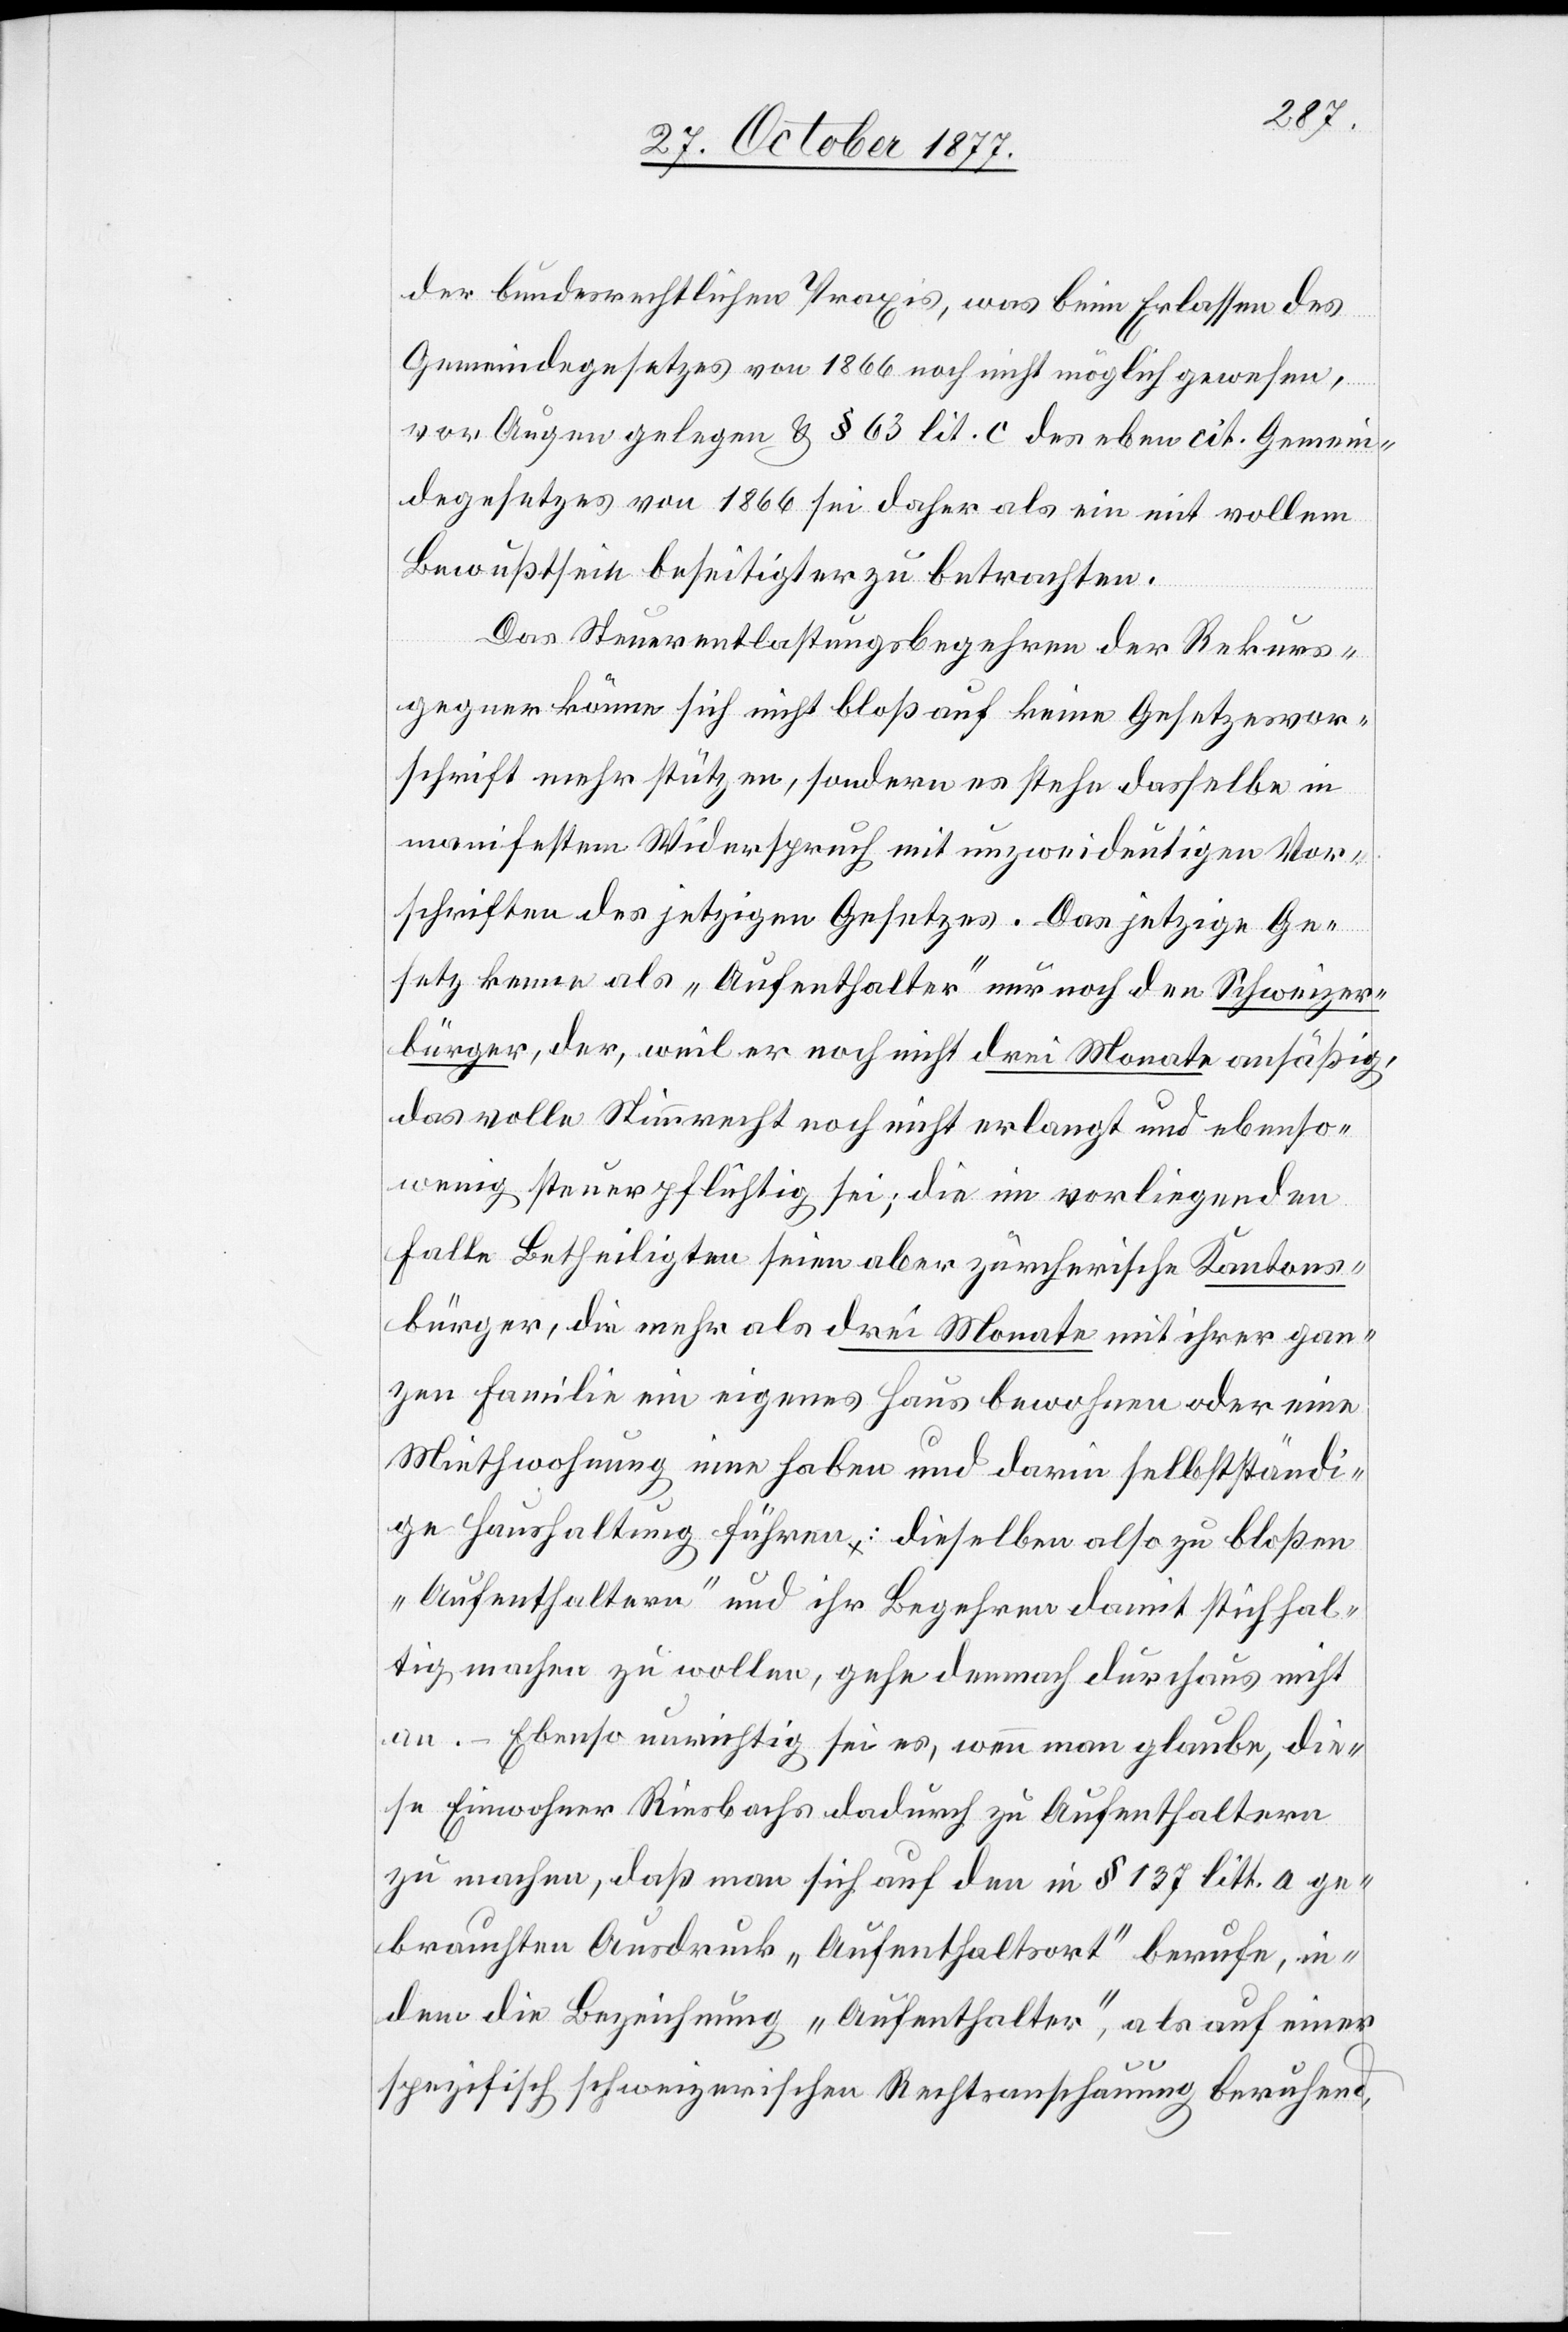
der bundesrechtlichen Praxis, was beim Erlassen des
Gemeindegesetzes von 1866 noch nicht möglich gewesen,
vor Augen gelegen & § 63 lit. c des eben cit. Gemein¬
degesetzes von 1866 sei daher als ein mit vollem
Bewußtsein beseitigter zu betrachten.
Das Steuerentlastungsbegehren der Rekurs¬
gegner könne sich nicht bloß auf keine Gesetzesvor¬
schrift mehr stützen, sondern es stehe dasselbe in
manifestem Widerspruch mit unzweideutigen Vor¬
schriften des jetzigen Gesetzes. Das jetzige Ge¬
setz kenne als „Aufenthalter“ nur noch den Schweizer¬
bürger, der, weil er noch nicht drei Monate ansäßig,
das volle Stimmrecht noch nicht erlangt und ebenso¬
wenig steuerpflichtig sei; die im vorliegenden
Falle Betheiligten seien aber zürcherische Kantons¬
bürger, die mehr als drei Monate mit ihrer gan¬
zen Familie ein eigenes Haus bewohnen oder eine
Miethwohnung inne haben und darin selbstständi¬
ge Haushaltung führen: dieselben also zu bloßen
„Aufenthaltern“ und ihr Begehren damit stichhal¬
tig machen zu wollen, gehe demnach durchaus nicht
an. – Ebenso unrichtig sei es, wenn man glaube, die¬
se Einwohner Riesbachs dadurch zu Aufenthaltern
zu machen, daß man sich auf den in § 137 litt. a ge¬
brauchten Ausdruck „Aufenthaltsort“ berufe, in¬
dem die Bezeichnung „Aufenthalter“, als auf einer
spezifisch schweizerischen Rechtsanschauung beruhend,